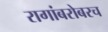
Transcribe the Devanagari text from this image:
रागांबरोबरच